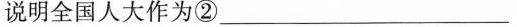
说明全国人大作为②___________________________